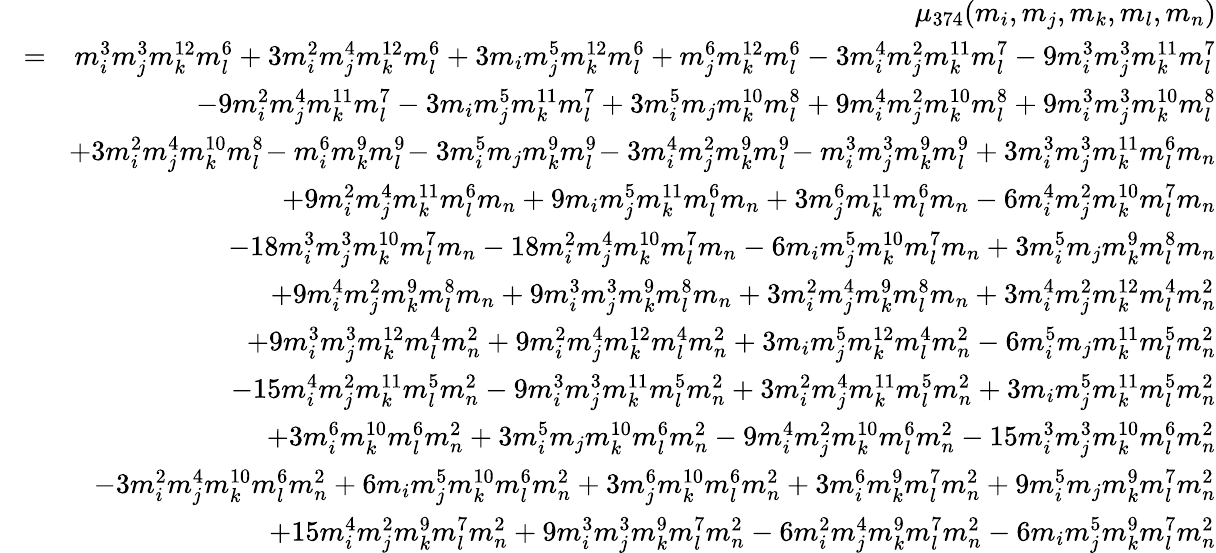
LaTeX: \begin{array}{rlr}&{}&{\mu_{374}(m_{i},m_{j},m_{k},m_{l},m_{n})}\\ &{\! =\! }&{m_{i}^{3}m_{j}^{3}m_{k}^{12}m_{l}^{6}+3m_{i}^{2}m_{j}^{4}m_{k}^{12}m_{l}^{6}+3m_{i}m_{j}^{5}m_{k}^{12}m_{l}^{6}+m_{j}^{6}m_{k}^{12}m_{l}^{6}-3m_{i}^{4}m_{j}^{2}m_{k}^{11}m_{l}^{7}-9m_{i}^{3}m_{j}^{3}m_{k}^{11}m_{l}^{7}}\\ &{}&{-9m_{i}^{2}m_{j}^{4}m_{k}^{11}m_{l}^{7}-3m_{i}m_{j}^{5}m_{k}^{11}m_{l}^{7}+3m_{i}^{5}m_{j}m_{k}^{10}m_{l}^{8}+9m_{i}^{4}m_{j}^{2}m_{k}^{10}m_{l}^{8}+9m_{i}^{3}m_{j}^{3}m_{k}^{10}m_{l}^{8}}\\ &{}&{+3m_{i}^{2}m_{j}^{4}m_{k}^{10}m_{l}^{8}\! -m_{i}^{6}m_{k}^{9}m_{l}^{9}\! -3m_{i}^{5}m_{j}m_{k}^{9}m_{l}^{9}\! -3m_{i}^{4}m_{j}^{2}m_{k}^{9}m_{l}^{9}\! -m_{i}^{3}m_{j}^{3}m_{k}^{9}m_{l}^{9}+3m_{i}^{3}m_{j}^{3}m_{k}^{11}m_{l}^{6}m_{n}}\\ &{}&{+9m_{i}^{2}m_{j}^{4}m_{k}^{11}m_{l}^{6}m_{n}+9m_{i}m_{j}^{5}m_{k}^{11}m_{l}^{6}m_{n}+3m_{j}^{6}m_{k}^{11}m_{l}^{6}m_{n}-6m_{i}^{4}m_{j}^{2}m_{k}^{10}m_{l}^{7}m_{n}}\\ &{}&{-18m_{i}^{3}m_{j}^{3}m_{k}^{10}m_{l}^{7}m_{n}-18m_{i}^{2}m_{j}^{4}m_{k}^{10}m_{l}^{7}m_{n}-6m_{i}m_{j}^{5}m_{k}^{10}m_{l}^{7}m_{n}+3m_{i}^{5}m_{j}m_{k}^{9}m_{l}^{8}m_{n}}\\ &{}&{+9m_{i}^{4}m_{j}^{2}m_{k}^{9}m_{l}^{8}m_{n}+9m_{i}^{3}m_{j}^{3}m_{k}^{9}m_{l}^{8}m_{n}+3m_{i}^{2}m_{j}^{4}m_{k}^{9}m_{l}^{8}m_{n}+3m_{i}^{4}m_{j}^{2}m_{k}^{12}m_{l}^{4}m_{n}^{2}}\\ &{}&{+9m_{i}^{3}m_{j}^{3}m_{k}^{12}m_{l}^{4}m_{n}^{2}+9m_{i}^{2}m_{j}^{4}m_{k}^{12}m_{l}^{4}m_{n}^{2}+3m_{i}m_{j}^{5}m_{k}^{12}m_{l}^{4}m_{n}^{2}-6m_{i}^{5}m_{j}m_{k}^{11}m_{l}^{5}m_{n}^{2}}\\ &{}&{-15m_{i}^{4}m_{j}^{2}m_{k}^{11}m_{l}^{5}m_{n}^{2}-9m_{i}^{3}m_{j}^{3}m_{k}^{11}m_{l}^{5}m_{n}^{2}+3m_{i}^{2}m_{j}^{4}m_{k}^{11}m_{l}^{5}m_{n}^{2}+3m_{i}m_{j}^{5}m_{k}^{11}m_{l}^{5}m_{n}^{2}}\\ &{}&{+3m_{i}^{6}m_{k}^{10}m_{l}^{6}m_{n}^{2}+3m_{i}^{5}m_{j}m_{k}^{10}m_{l}^{6}m_{n}^{2}-9m_{i}^{4}m_{j}^{2}m_{k}^{10}m_{l}^{6}m_{n}^{2}-15m_{i}^{3}m_{j}^{3}m_{k}^{10}m_{l}^{6}m_{n}^{2}}\\ &{}&{-3m_{i}^{2}m_{j}^{4}m_{k}^{10}m_{l}^{6}m_{n}^{2}+6m_{i}m_{j}^{5}m_{k}^{10}m_{l}^{6}m_{n}^{2}+3m_{j}^{6}m_{k}^{10}m_{l}^{6}m_{n}^{2}+3m_{i}^{6}m_{k}^{9}m_{l}^{7}m_{n}^{2}+9m_{i}^{5}m_{j}m_{k}^{9}m_{l}^{7}m_{n}^{2}}\\ &{}&{+15m_{i}^{4}m_{j}^{2}m_{k}^{9}m_{l}^{7}m_{n}^{2}+9m_{i}^{3}m_{j}^{3}m_{k}^{9}m_{l}^{7}m_{n}^{2}-6m_{i}^{2}m_{j}^{4}m_{k}^{9}m_{l}^{7}m_{n}^{2}-6m_{i}m_{j}^{5}m_{k}^{9}m_{l}^{7}m_{n}^{2}}\end{array}